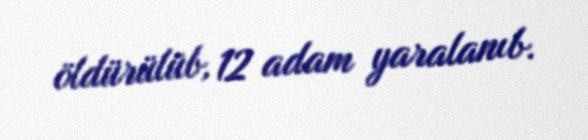
öldürülüb, 12 adam yaralanıb.